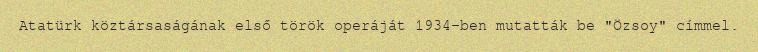
Atatürk köztársaságának első török operáját 1934-ben mutatták be "Özsoy" címmel.